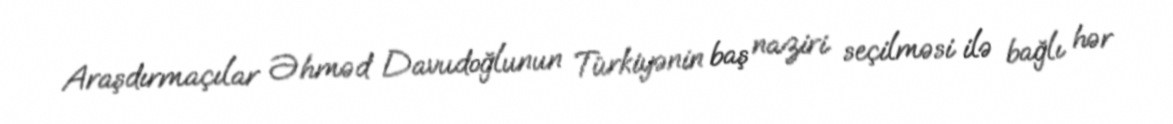
Araşdırmaçılar Əhməd Davudoğlunun Türkiyənin baş naziri seçilməsi ilə bağlı hər